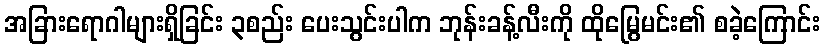
အခြားရောဂါများရှိခြင်း ၃စည်း ပေးသွင်းပါက ဘုန်းခန့်လီးကို ထိုမြွေမင်း၏ စခဲ့ကြောင်း